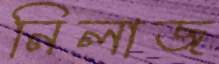
নিলাজ